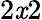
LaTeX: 2\mathit{x}2